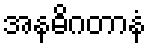
အနဓိဂတာနံ